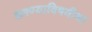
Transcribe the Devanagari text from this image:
करण्याविषयीचा